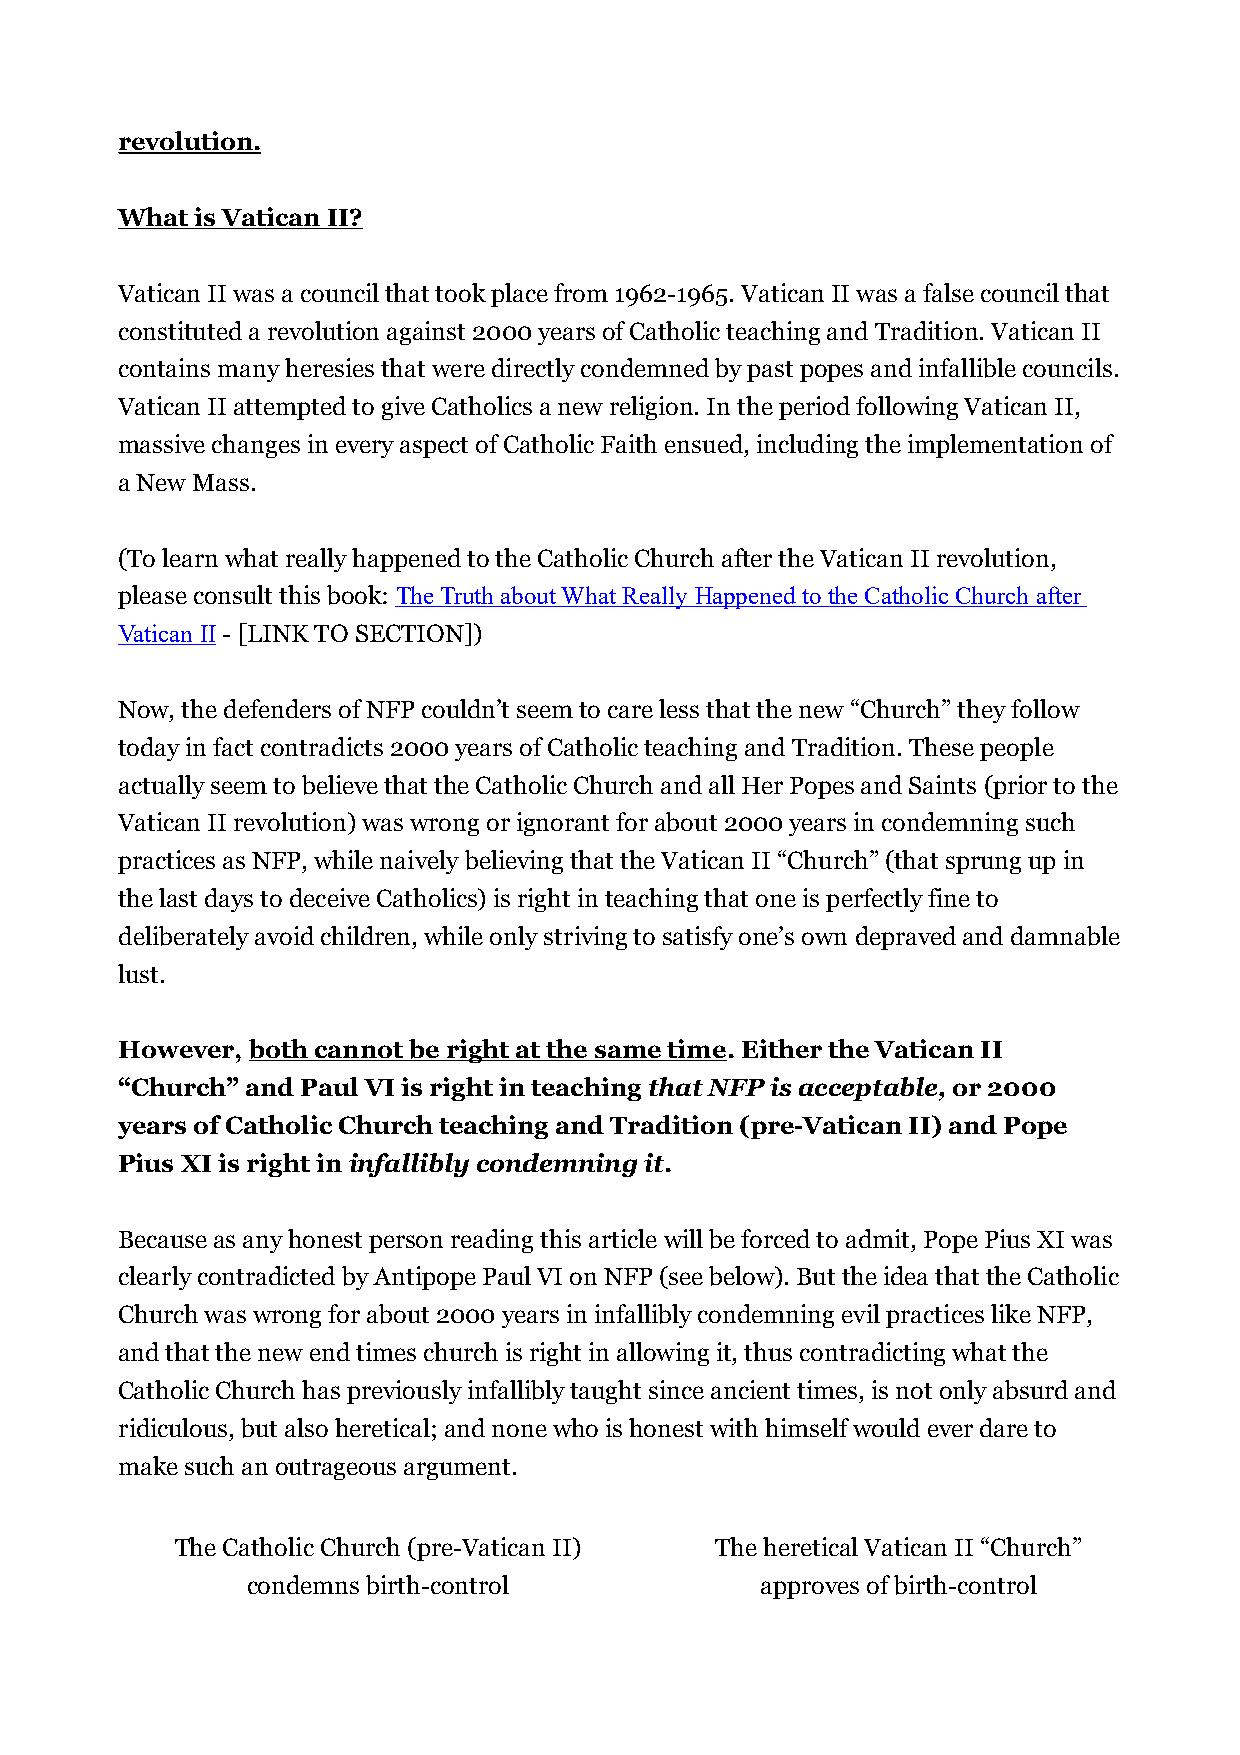
revolution.
 What is Vatican II?
 Vatican II was a council that took place from 1962-1965. Vatican II was a false council that
 constituted a revolution against 2000 years of Catholic teaching and Tradition. Vatican II
 contains many heresies that were directly condemned by past popes and infallible councils.
 Vatican II attempted to give Catholics a new religion. In the period following Vatican II,
 massive changes in every aspect of Catholic Faith ensued, including the implementation of
 a New Mass.
 (To learn what really happened to the Catholic Church after the Vatican II revolution,
 please consult this book: The Truth about What Really Happened to the Catholic Church after
 Vatican II - [LINK TO SECTION])
 Now, the defenders of NFP couldn’t seem to care less that the new “Church” they follow
 today in fact contradicts 2000 years of Catholic teaching and Tradition. These people
 actually seem to believe that the Catholic Church and all Her Popes and Saints (prior to the
 Vatican II revolution) was wrong or ignorant for about 2000 years in condemning such
 practices as NFP, while naively believing that the Vatican II “Church” (that sprung up in
 the last days to deceive Catholics) is right in teaching that one is perfectly fine to
 deliberately avoid children, while only striving to satisfy one’s own depraved and damnable
 lust.
 However, both cannot be right at the same time. Either the Vatican II
 “Church” and Paul VI is right in teaching that NFP is acceptable, or 2000
 years of Catholic Church teaching and Tradition (pre-Vatican II) and Pope
 Pius XI is right in infallibly condemning it.
 Because as any honest person reading this article will be forced to admit, Pope Pius XI was
 clearly contradicted by Antipope Paul VI on NFP (see below). But the idea that the Catholic
 Church was wrong for about 2000 years in infallibly condemning evil practices like NFP,
 and that the new end times church is right in allowing it, thus contradicting what the
 Catholic Church has previously infallibly taught since ancient times, is not only absurd and
 ridiculous, but also heretical; and none who is honest with himself would ever dare to
 make such an outrageous argument.
 The Catholic Church (pre-Vatican II) The heretical Vatican II “Church”
 condemns birth-control            approves of birth-control